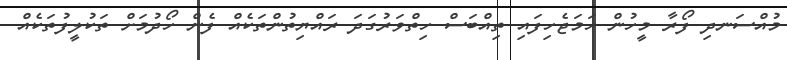
މުއްސަނދި ފޯރާ މީހުން ހަމަޖެހިފައި ތިއްބަސް ހިތްވަރުގަދަ ރައްޔިތުންތަކެއް ފެން ހޯދުމަށް ތަކުލީފުތަކެއް